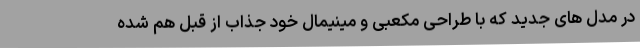
در مدل های جدید که با طراحی مکعبی و مینیمال خود جذاب از قبل هم شده